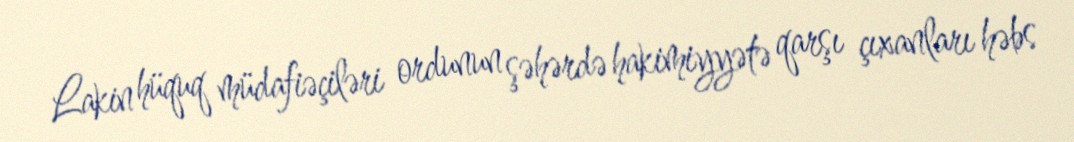
Lakin hüquq müdafiəçiləri ordunun şəhərdə hakimiyyətə qarşı çıxanları həbs